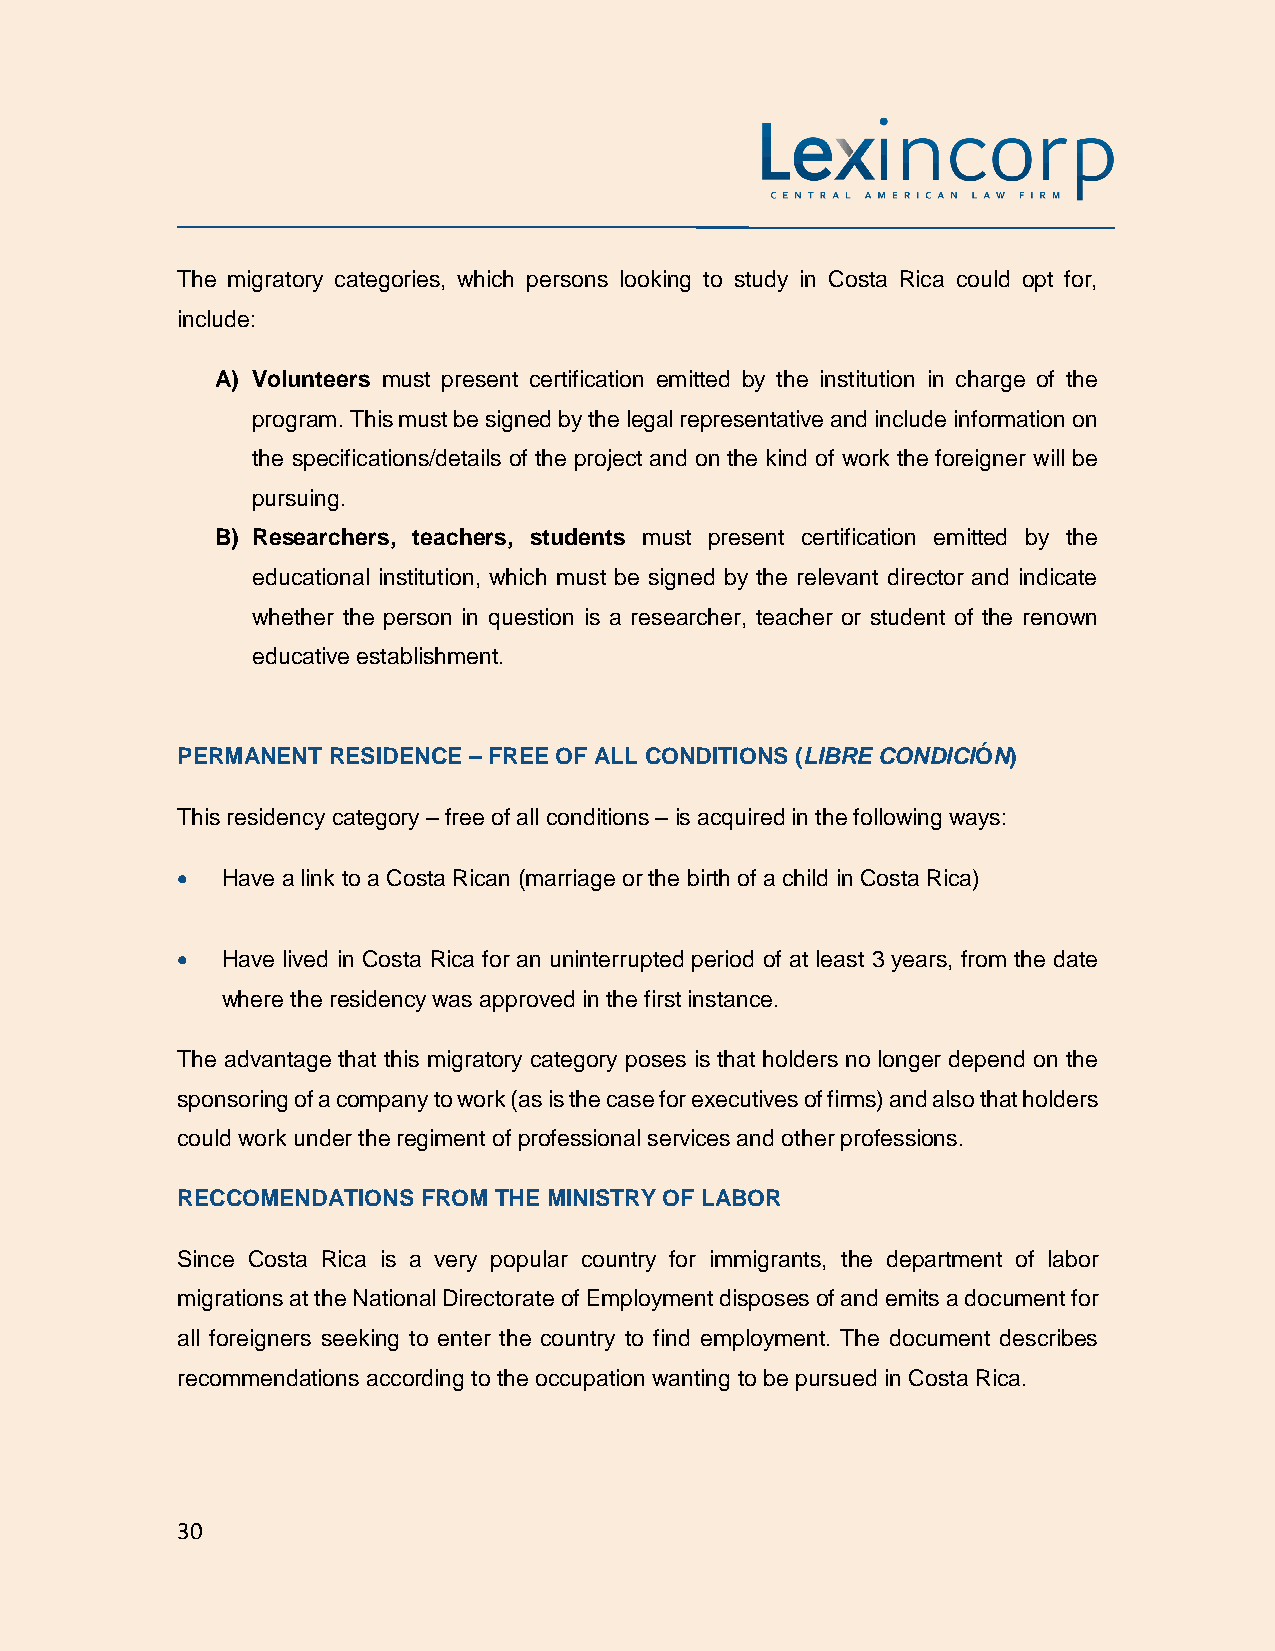
The migratory categories, which persons looking to study in Costa Rica could opt for,
 include:
 A) Volunteers must present certification emitted by the institution in charge of the
 program. This must be signed by the legal representative and include information on
 the specifications/details of the project and on the kind of work the foreigner will be
 pursuing.
 B) Researchers, teachers, students must present certification emitted by the
 educational institution, which must be signed by the relevant director and indicate
 whether the person in question is a researcher, teacher or student of the renown
 educative establishment.
 PERMANENT RESIDENCE – FREE OF ALL CONDITIONS (LIBRE CONDICIÓN)
 This residency category – free of all conditions – is acquired in the following ways:
 •  Have a link to a Costa Rican (marriage or the birth of a child in Costa Rica)
 •  Have lived in Costa Rica for an uninterrupted period of at least 3 years, from the date
 where the residency was approved in the first instance.
 The advantage that this migratory category poses is that holders no longer depend on the
 sponsoring of a company to work (as is the case for executives of firms) and also that holders
 could work under the regiment of professional services and other professions.
 RECCOMENDATIONS FROM THE MINISTRY OF LABOR
 Since Costa Rica is a very popular country for immigrants, the department of labor
 migrations at the National Directorate of Employment disposes of and emits a document for
 all foreigners seeking to enter the country to find employment. The document describes
 recommendations according to the occupation wanting to be pursued in Costa Rica.
 30